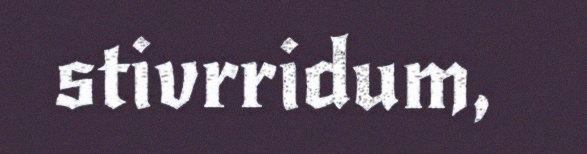
stivrridum,